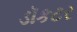
ડૉકટર